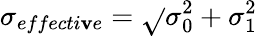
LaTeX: \sigma_{effecti\mathbf{v}e}=\sqrt{}{{\sigma_{0}^{2}+\sigma_{1}^{2}}}